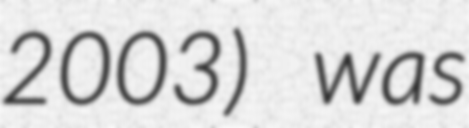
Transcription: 2003) was